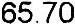
65.70